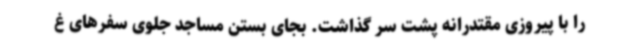
را با پیروزی مقتدرانه پشت سر گذاشت. بجای بستن مساجد جلوی سفرهای غ